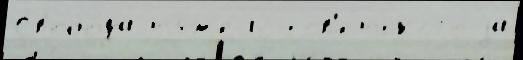
Свобо́да т'яжело́ сов'е́тского за